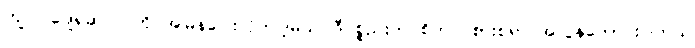
ကျုပ် ဂျေရုဆလင်ကို အမြန်ပြေးလိုက်ပါ့မယ်၊ ဒီပစ္စည်းက စိတ်ဝင်စားစရာ အလွန်ကောင်းပါတယ်